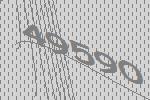
49590